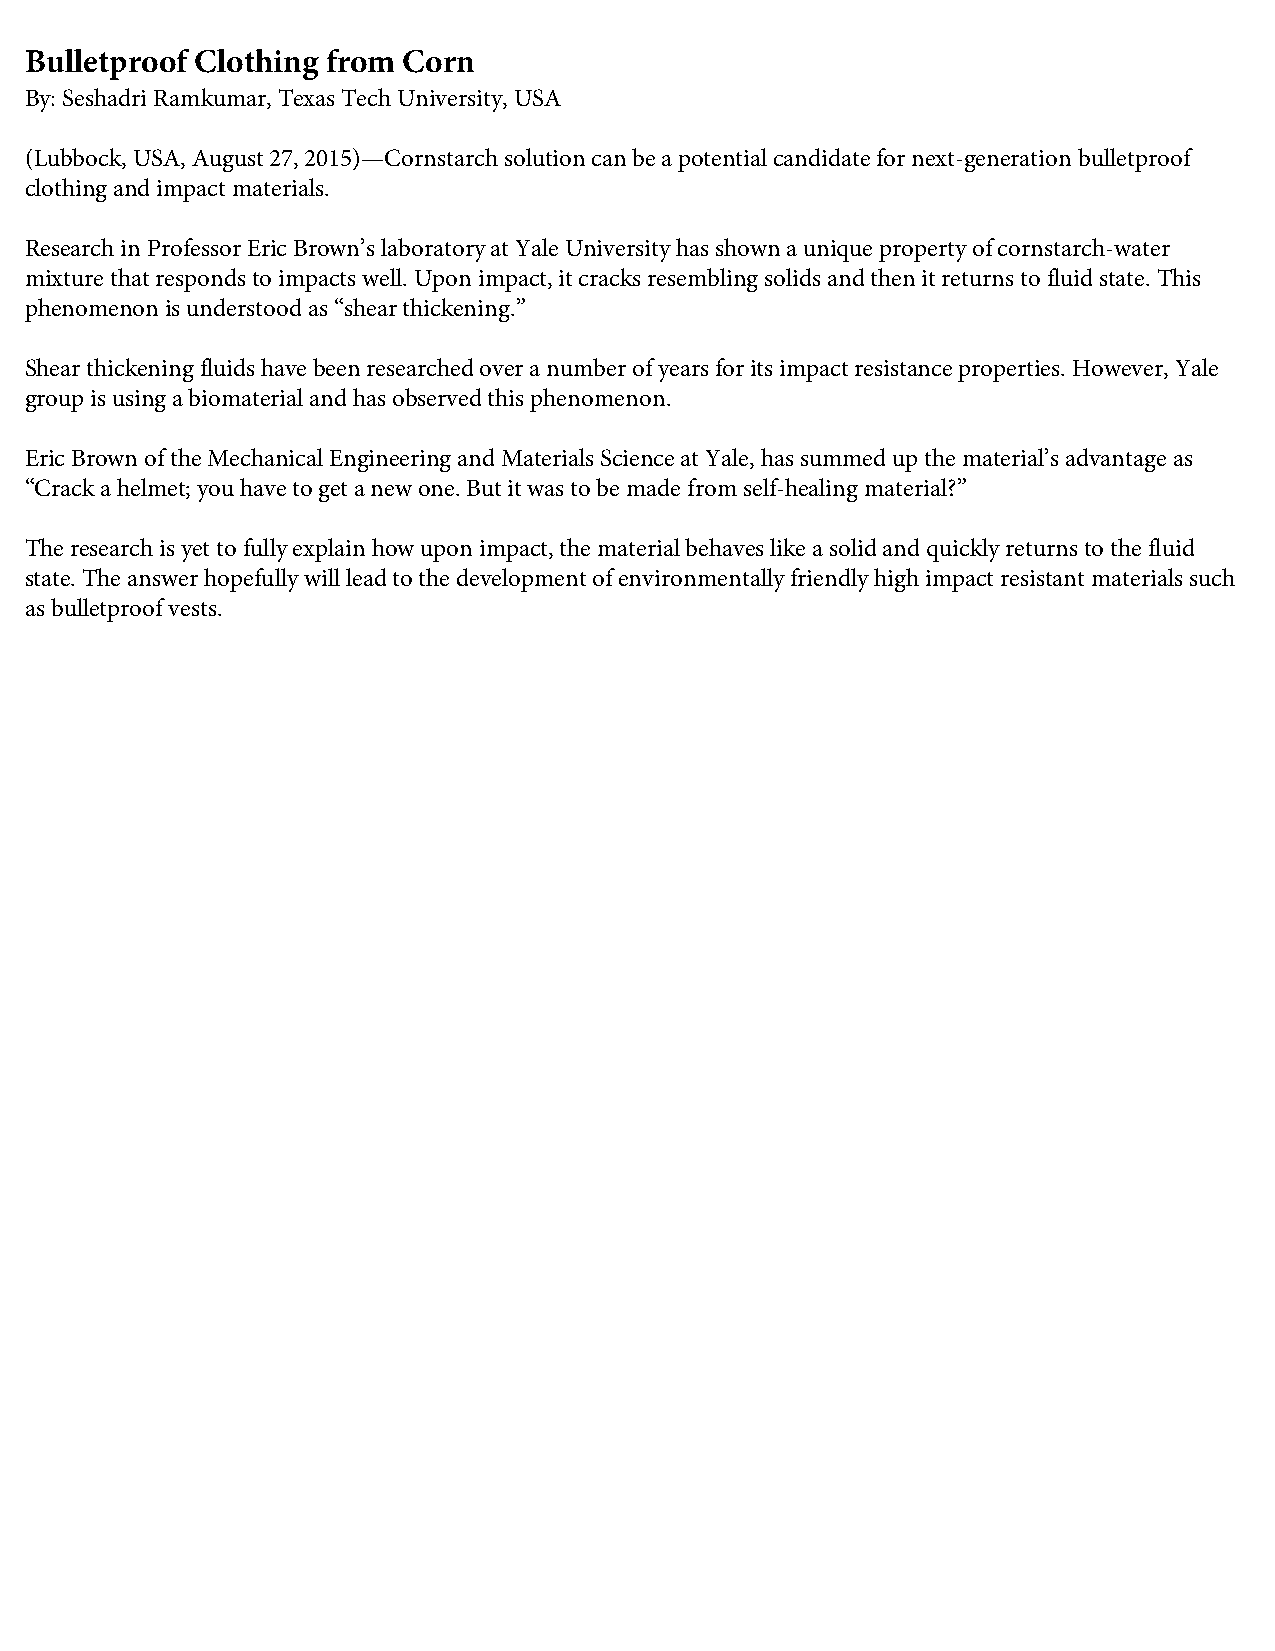
Bulletproof Clothing from Corn
 By: Seshadri Ramkumar, Texas Tech University, USA
 (Lubbock, USA, August 27, 2015)—Cornstarch solution can be a potential candidate for next-generation bulletproof
 clothing and impact materials.
 Research in Professor Eric Brown’s laboratory at Yale University has shown a unique property of cornstarch-water
 mixture that responds to impacts well. Upon impact, it cracks resembling solids and then it returns to fluid state. This
 phenomenon is understood as “shear thickening.”
 Shear thickening fluids have been researched over a number of years for its impact resistance properties. However, Yale
 group is using a biomaterial and has observed this phenomenon.
 Eric Brown of the Mechanical Engineering and Materials Science at Yale, has summed up the material’s advantage as
 “Crack a helmet; you have to get a new one. But it was to be made from self-healing material?”
 The research is yet to fully explain how upon impact, the material behaves like a solid and quickly returns to the fluid
 state. The answer hopefully will lead to the development of environmentally friendly high impact resistant materials such
 as bulletproof vests.